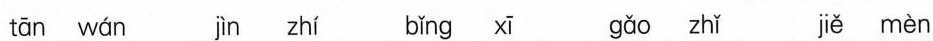
tān wán jìn zhí bǐng xī gǎo zhǐ jiě mèn